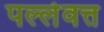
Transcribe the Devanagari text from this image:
पल्लेवत्त